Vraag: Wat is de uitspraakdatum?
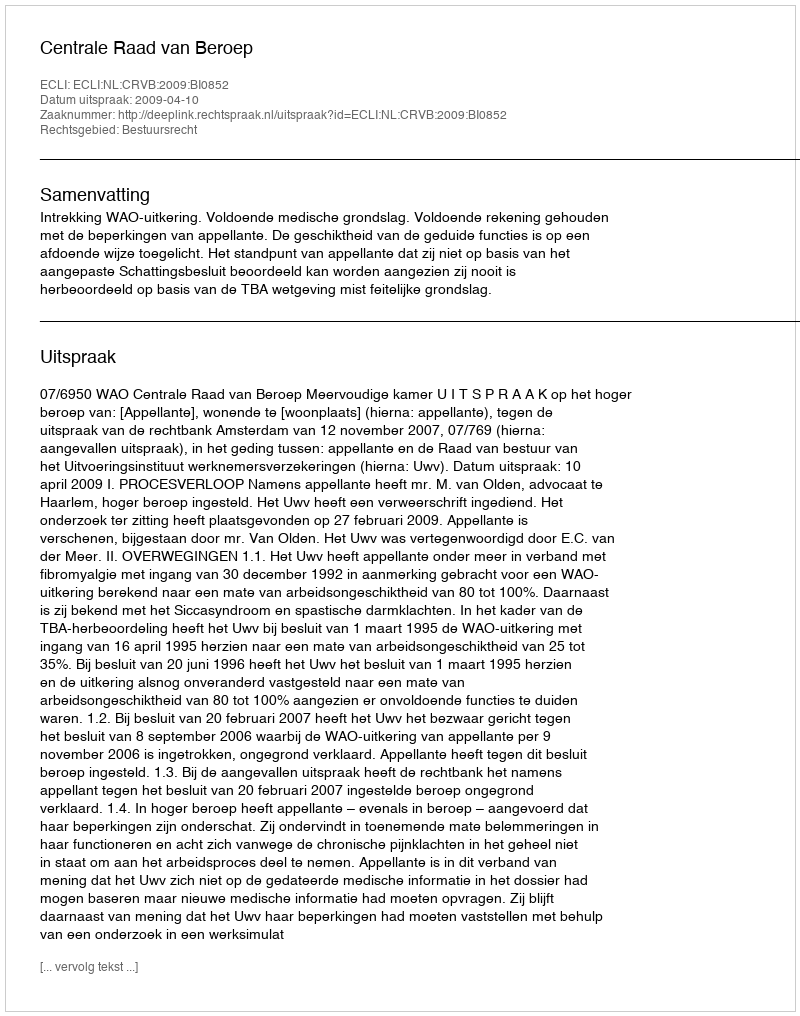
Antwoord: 2009-04-10